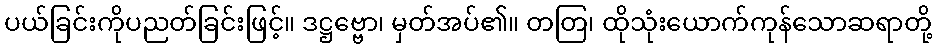
ပယ်ခြင်းကိုပညတ်ခြင်းဖြင့်။ ဒဋ္ဌဗ္ဗော၊ မှတ်အပ်၏။ တတြ၊ ထိုသုံးယောက်ကုန်သောဆရာတို့